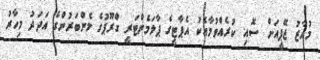
މުއާޒު ޖޭޕީއަށް ސޮއި ކުރެއްވުމާއެކު އެޕާޓީގެ ޕާލަމެންޓަރީ ގްރޫޕުގެ މެންބަރުންގެ އަދަދު މިހާރު